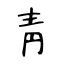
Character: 靑